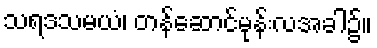
သရဒသမယံ၊ တန်ဆောင်မုန်းလအခါ၌။